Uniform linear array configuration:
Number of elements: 48
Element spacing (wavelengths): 0.75
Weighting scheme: blackman
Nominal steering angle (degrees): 45
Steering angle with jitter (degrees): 45.83
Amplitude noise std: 0.05
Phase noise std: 0.05

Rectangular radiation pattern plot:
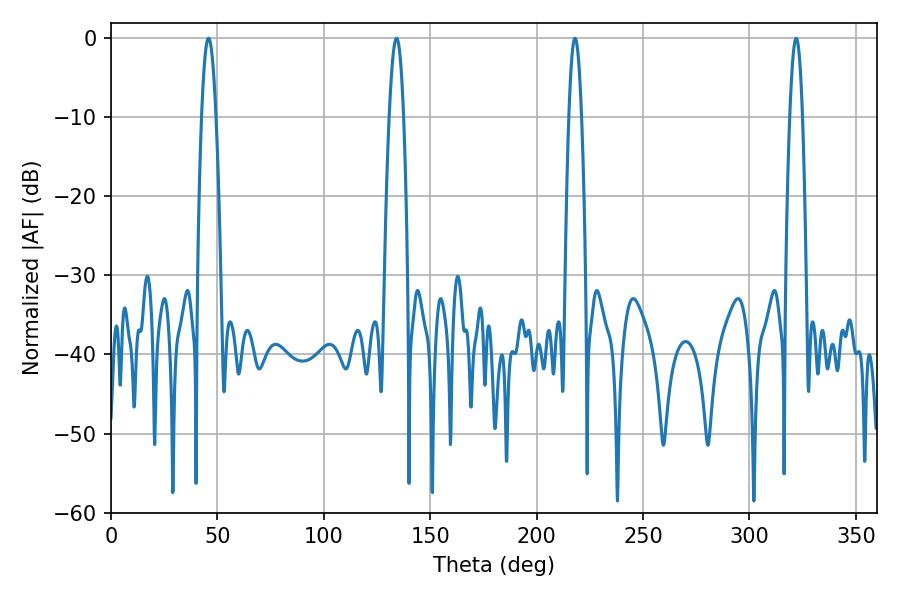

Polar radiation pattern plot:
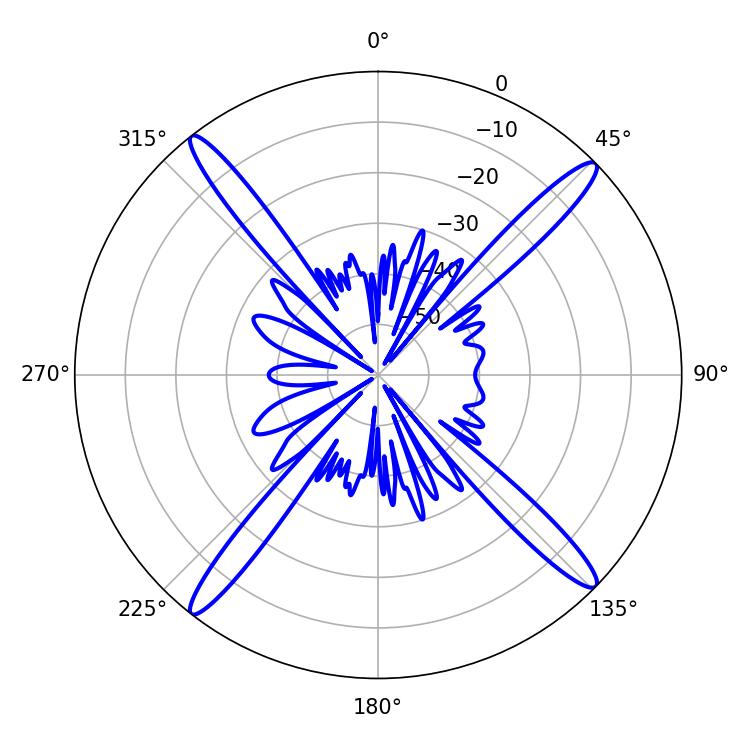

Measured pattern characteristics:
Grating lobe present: TRUE
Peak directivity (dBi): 19.16
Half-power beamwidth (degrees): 3.24
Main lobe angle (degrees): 217.98